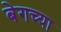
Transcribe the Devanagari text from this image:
बेगच्या